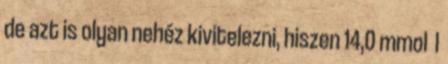
de azt is olyan nehéz kivitelezni, hiszen 14,0 mmol l